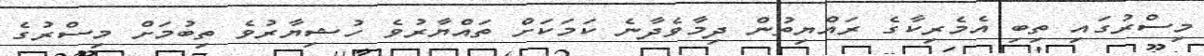
މިސްރުގައި ތިބި އެމެރިކާގެ ރައްޔިތުން ދިމާވެދާނެ ކަމަކަށް ތައްޔާރުވެ ހުޝިޔާރުވެ ތިބުމަށް މިސްރުގެ